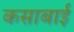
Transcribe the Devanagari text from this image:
कसाबाई